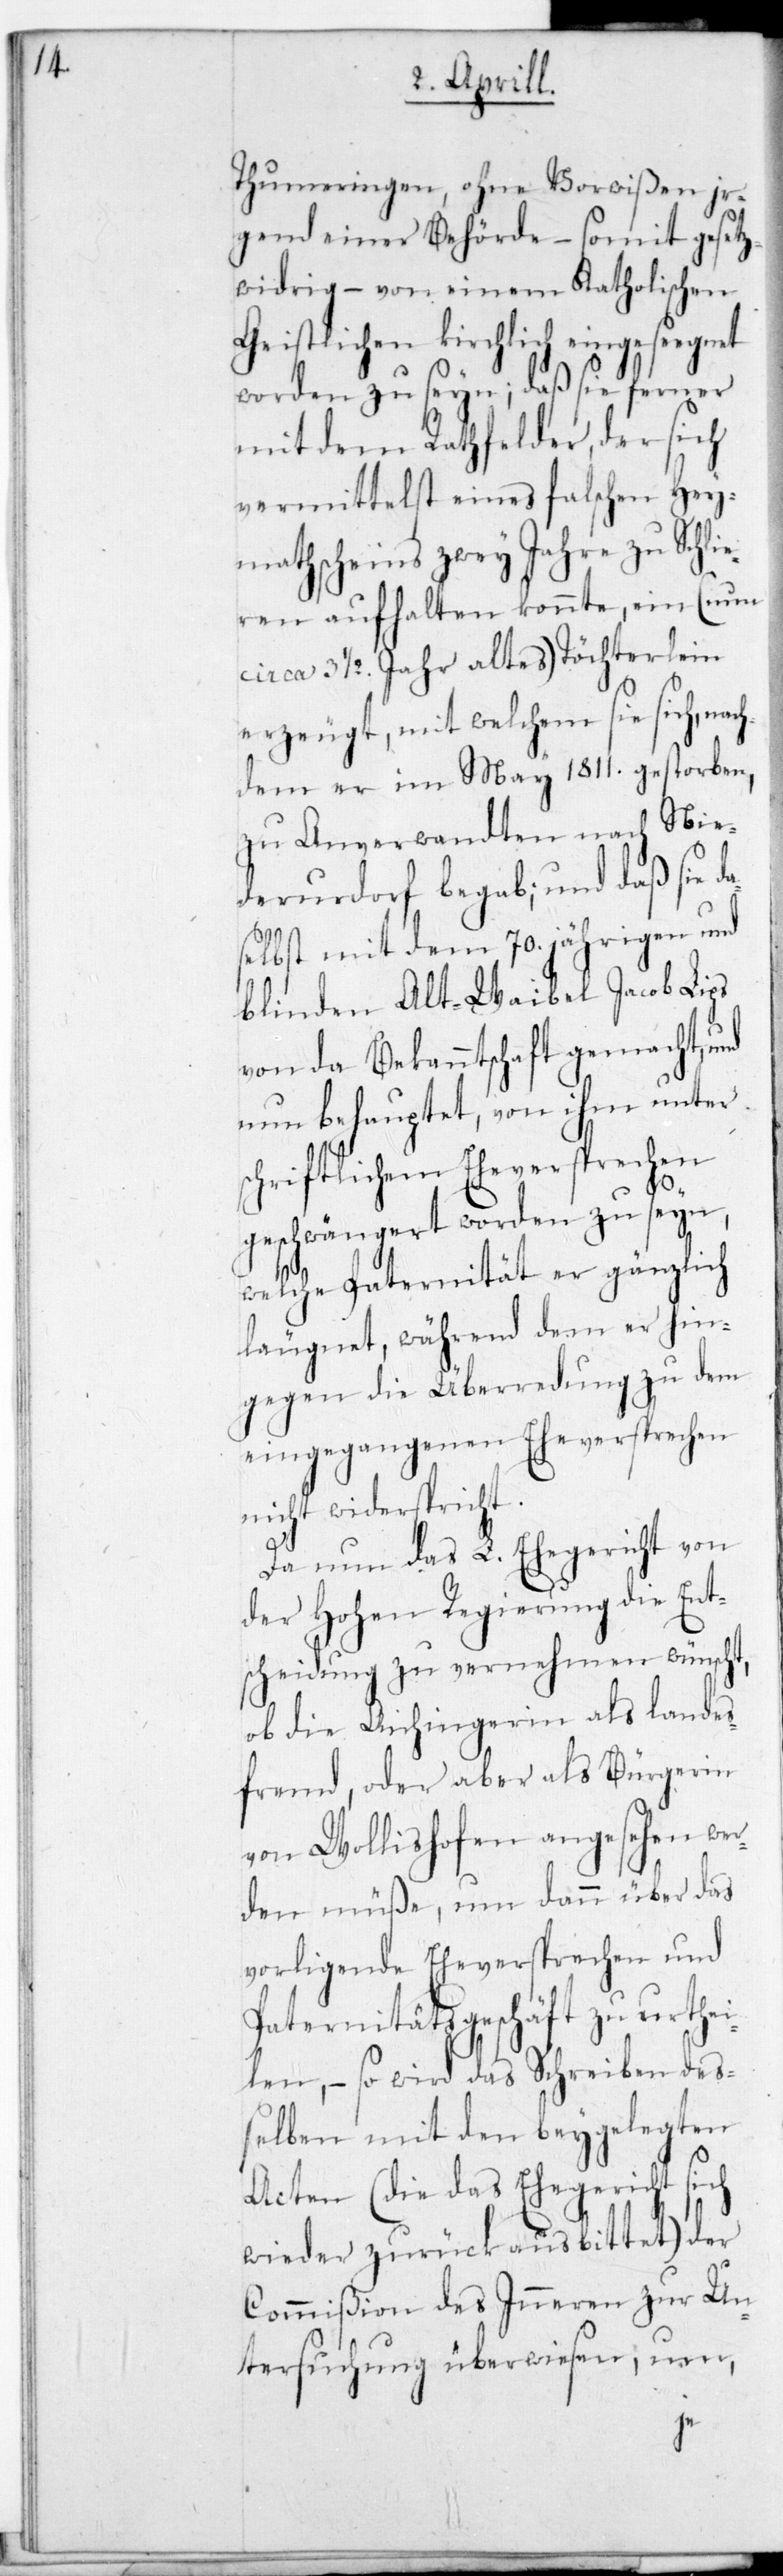
Thumeringen, ohne Vorwißen ir¬
gend einer Behörde, – somit gesetz¬
widrig – von einem Katholischen
Geistlichen kirchlich eingesegnet
worden zu sein; daß sie ferner
mit dem Rathfelder, der sich
vermittelst eines falschen Hey¬
mathscheins zwey Jahre zu Schli¬
eren aufhalten konnte, ein (nun
circa 3 1/2. Jahr altes) Töchterlein
erzeugt, mit welchem sie sich, nac¬
hdem er im May 1811. gestorben,
zu Anverwandten nach Nie¬
derurdorf begab; und daß sie
selbst mit dem 70. jährigen und
blinden Alt-Waibel Jacob Lips
von da Bekanntschaft gemacht, und
nun behauptet, von ihm unter
chriftlichem Eheversprechen
geschwängeret worden zu seyn,
welche Paternität er gänzlich
läugnet, während dem er hin¬
gegen die Überredung zu dem
eingegangenen Eheversprechen
nicht widerspricht.
Da nun das L. Ehegericht von
der Hohen Regierung die Ent¬
scheidung zu vernehmen wünscht,
ob die Aichingerin als landes¬
fremd oder aber als Bürgerin
von Wollishofen angesehen wer¬
den müße, um dann über das
vorligende Eheversprechen und
Paternitätsgeschäft zu urthei¬
len, – so wird das Schreiben deß¬
elben mit den beygelegten
Acten (die das Ehegericht sich
wieder zurück ausbittet) der
Commißion des Innern zur Un¬
tersuchung überwiesen; um,
s¬